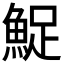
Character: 𬵔